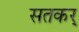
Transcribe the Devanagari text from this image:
सतकर्